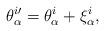
LaTeX: \begin{align*}\theta _\alpha ^{i\prime }=\theta _\alpha ^i+\xi _\alpha ^i,\end{align*}